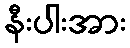
နီးပါးအား